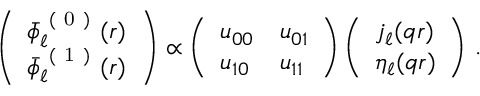
\left( \begin{array} { l } { \bar { \phi } _ { \ell } ^ { \mathrm { ~ ( ~ 0 ~ ) ~ } } ( r ) } \\ { \bar { \phi } _ { \ell } ^ { \mathrm { ~ ( ~ 1 ~ ) ~ } } ( r ) } \end{array} \right) \propto \left( \begin{array} { l l } { u _ { 0 0 } } & { u _ { 0 1 } } \\ { u _ { 1 0 } } & { u _ { 1 1 } } \end{array} \right) \left( \begin{array} { l } { j _ { \ell } ( q r ) } \\ { \eta _ { \ell } ( q r ) } \end{array} \right) \, .